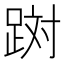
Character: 𲃪